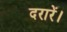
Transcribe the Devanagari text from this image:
दरारें।